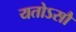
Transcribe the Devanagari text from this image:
यतोऽसौ